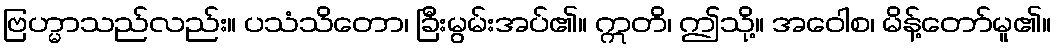
ဗြဟ္မာသည်လည်း။ ပသံသိတော၊ ခြီးမွမ်းအပ်၏။ ဣတိ၊ ဤသို့။ အဝေါစ၊ မိန့်တော်မူ၏။